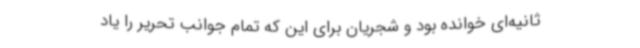
ثانیه‌ای خوانده بود و شجریان برای این که تمام جوانب تحریر را یاد